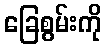
ခြေစွမ်းကို